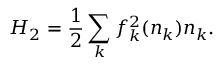
H _ { 2 } = \frac { 1 } { 2 } \sum _ { k } f _ { k } ^ { 2 } ( n _ { k } ) n _ { k } .